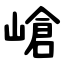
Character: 嵢